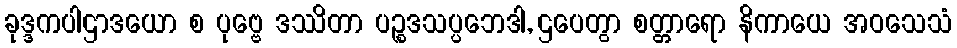
ခုဒ္ဒကပါဌာဒယော စ ပုဗ္ဗေ ဒဿိတာ ပဉ္စဒသပ္ပဘေဒါ, ဌပေတွာ စတ္တာရော နိကာယေ အဝသေသံ